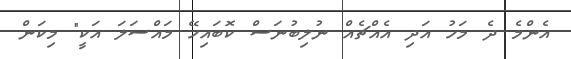
އެންމެ ދެ މަހު އަދި އެއްޗެއް ނުލިބުނަސް ކޮބައިހޭ މައްސަލަ އަކީ" މިކަން